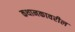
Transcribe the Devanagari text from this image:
कथानकावरील